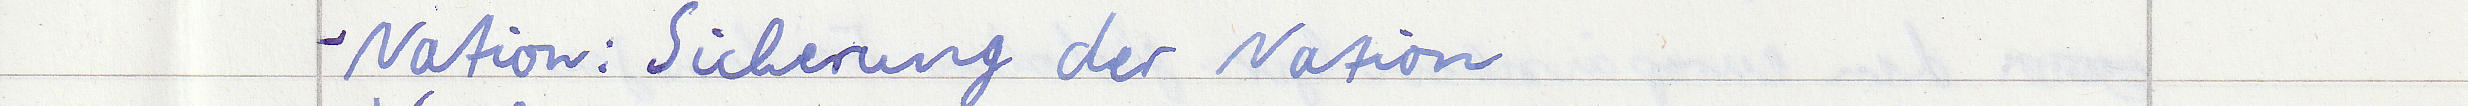
- Nation: Sicherung der Nation